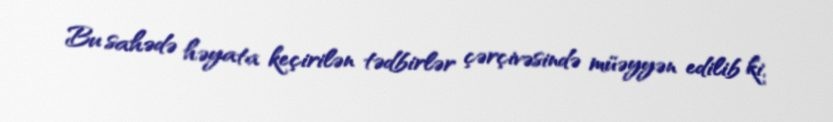
Bu sahədə həyata keçirilən tədbirlər çərçivəsində müəyyən edilib ki,